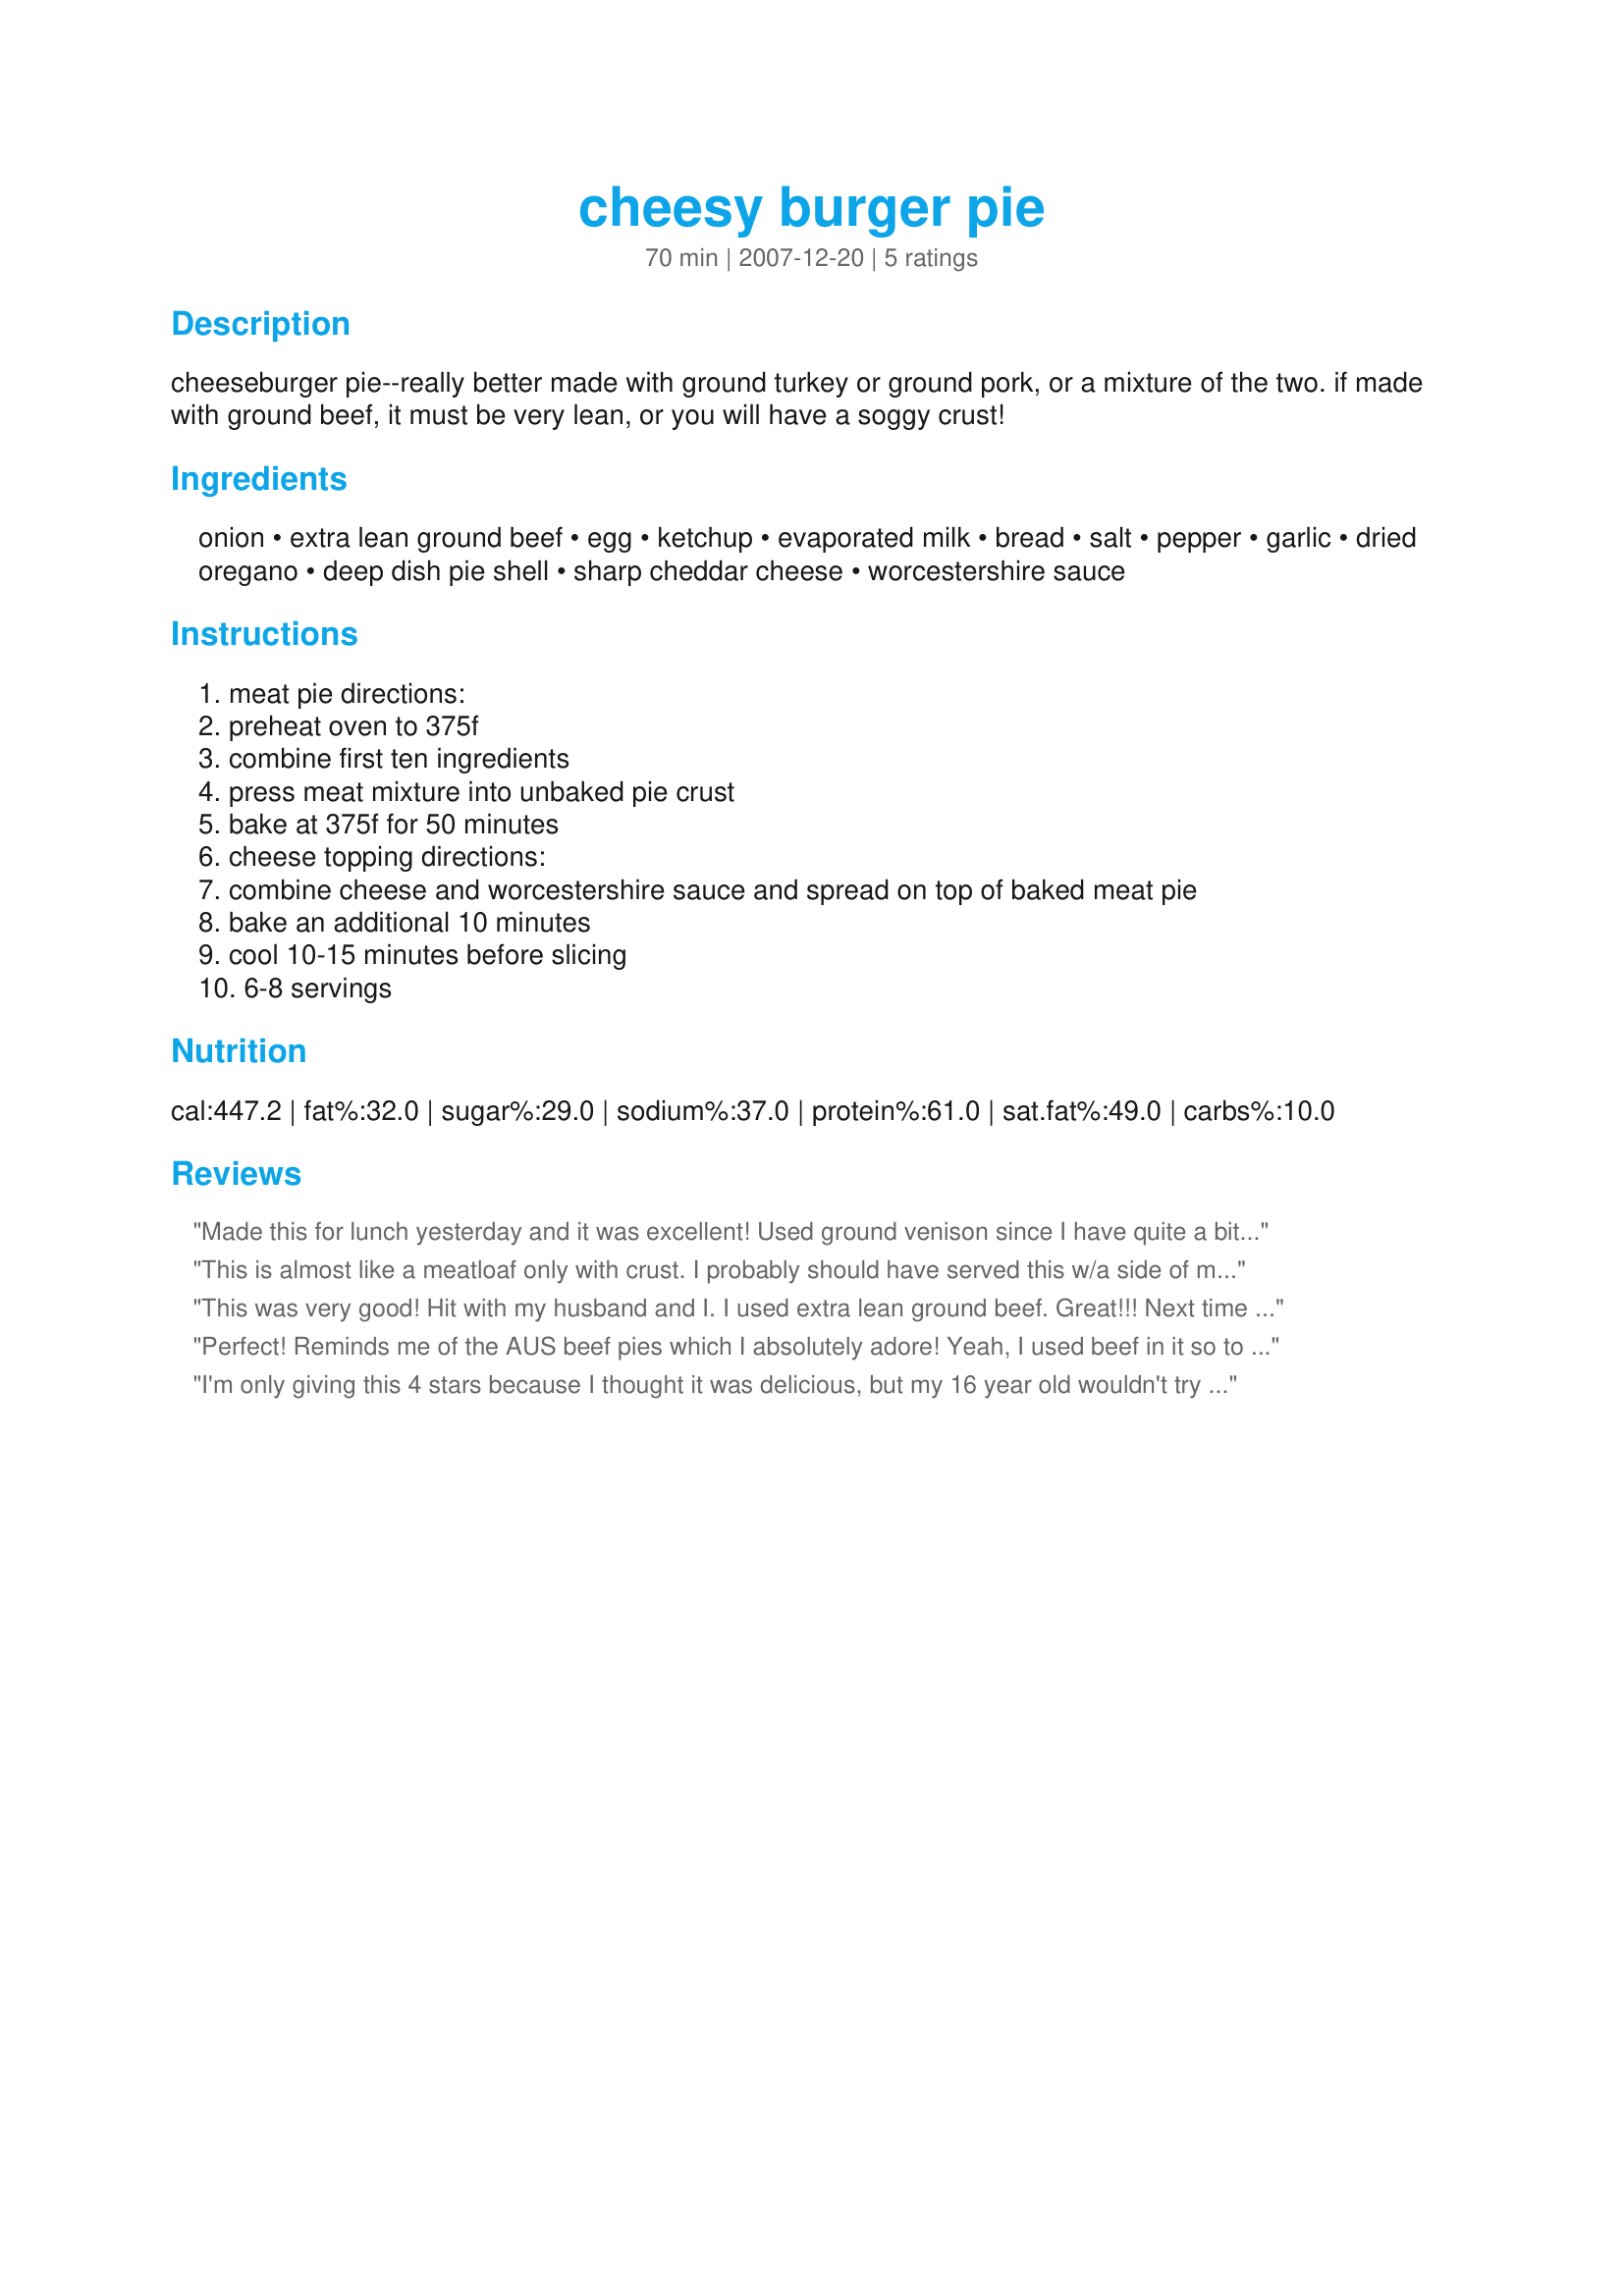
cheesy burger pie
Preparation time: 70 minutes

cheeseburger pie--really better made with ground turkey or ground pork, or a mixture of the two. if made with ground beef, it must be very lean, or you will have a soggy crust!

Ingredients:
onion, extra lean ground beef, egg, ketchup, evaporated milk, bread, salt, pepper, garlic, dried oregano, deep dish pie shell, sharp cheddar cheese, worcestershire sauce

Steps:
meat pie directions:, preheat oven to 375f, combine first ten ingredients, press meat mixture into unbaked pie crust, bake at 375f for 50 minutes, cheese topping directions:, combine cheese and worcestershire sauce and spread on top of baked meat pie, bake an additional 10 minutes, cool 10-15 minutes before slicing, 6-8 servings

Reviews:
Made this for lunch yesterday and it was excellent! Used ground venison since I have quite a bit from hunting season and the venison works just fine!
This is almost like a meatloaf only with crust. I probably should have served this w/a side of mash potatoes or at least a veggie...but upon asking DH he said it was meal in itself and nothing else was needed. Alrighty then....nuff said. This went together in no time. I might add however that you furture reviewers should heed the advice of Kerfuffle and make sure your hamburg is very lean. Mine wasn't real, and it did make the crust a bit soggy. I even prebaked the crust for 5 minutes...still it wasn't that bad that anyone said anything. 
Tagged and made for Springs' PAC 09.
This was very good! Hit with my husband and I. I used extra lean ground beef. Great!!!
Next time I may eve add lil pieces of pickle :)
Perfect! Reminds me of the AUS beef pies which I absolutely adore! Yeah, I used beef in it so to avoid the soggy crust, I pre-baked it a wee bit. Love everything in it. Even DH after he had a huge serving, got another one again, giving me this guilty look and said, "But it's so good." Since it's just him and me, we had it for lunch and dinner. We even had to fight for the last piece day after. I also like making this as the instructions were very easy and quick to follow. Definitely a keeper! Thanks for sharing this, Kerfuffle-Upon-Wincle! Made for Fall PAC baby 2008.
I'm only giving this 4 stars because I thought it was delicious, but my 16 year old wouldn't try it because he said it looked "gross". I know if he had tried it he would have liked it too! So no, it's not a pretty dish but don't let that scare you away, I'll definitely make this again (just for me)!
